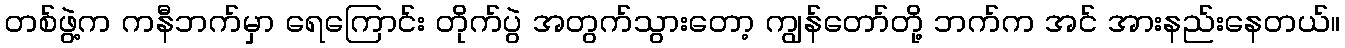
တစ်ဖွဲ့က ကနီဘက်မှာ ရေကြောင်း တိုက်ပွဲ အတွက်သွားတော့ ကျွန်တော်တို့ ဘက်က အင် အားနည်းနေတယ်။